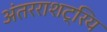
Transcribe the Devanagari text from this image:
अंतरराशट्रिय